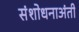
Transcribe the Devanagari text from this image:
संशोधनाअंती